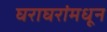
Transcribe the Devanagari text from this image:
घराघरांमधून